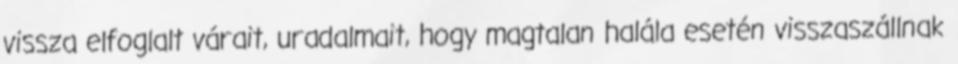
vissza elfoglalt várait, uradalmait, hogy magtalan halála esetén visszaszállnak